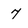
Character: 7